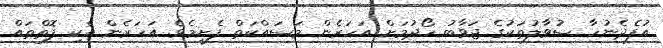
އުފެދެނުހާ ސުވާލުތަކުގެ ޖަވާބު ހޯދުމަށް އަހަރެން މަސައްކަތް ފެށީމެވެ. އަހަރެން އެކި ފޮތްތައް